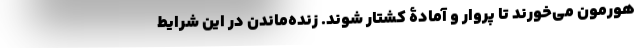
هورمون می‌خورند تا پروار و آمادۀ کشتار شوند. زنده‌ماندن در این شرایط